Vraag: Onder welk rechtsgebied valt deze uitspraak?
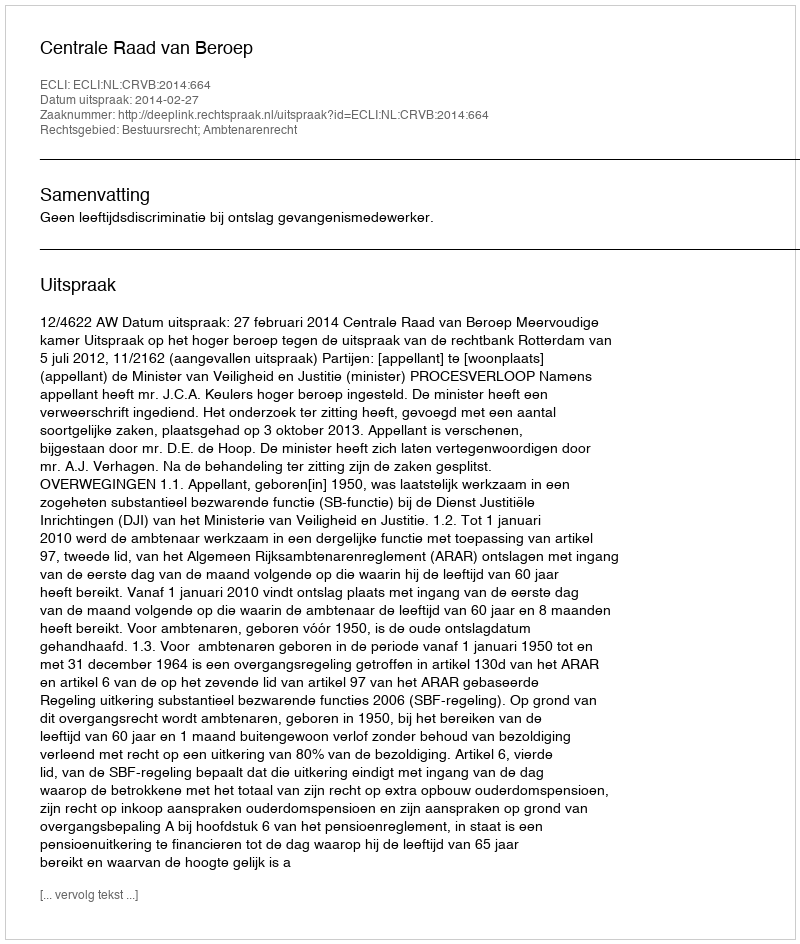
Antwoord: Bestuursrecht; Ambtenarenrecht